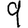
Digit: 9